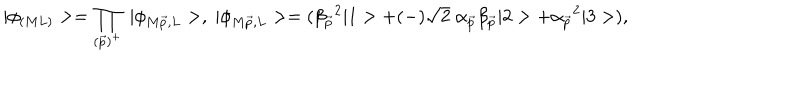
LaTeX: | \phi _ { ( M L ) } > = \prod _ { ( \vec { p } ) ^ { + } } \; | \phi _ { M \vec { p } , L } > , \; | \phi _ { M \vec { p } , L } > = ( \beta _ { \vec { p } } { } ^ { 2 } | 1 > + ( - ) \sqrt { 2 } \; \alpha _ { \vec { p } } \beta _ { \vec { p } } | 2 > + \alpha _ { \vec { p } } { } ^ { 2 } | 3 > ) ,